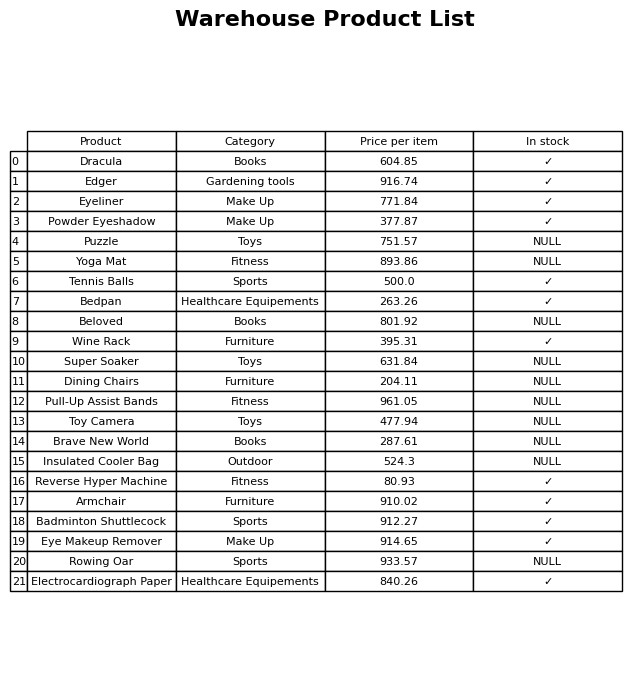
question: What is the price for Puzzle?
answer: The price of Puzzle is 751.57.